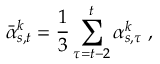
\bar { \alpha } _ { s , t } ^ { k } = \frac { 1 } { 3 } \sum _ { \tau = t - 2 } ^ { t } \alpha _ { s , \tau } ^ { k } \; ,